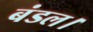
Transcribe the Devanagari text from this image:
बंडल।